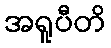
အရူပီတိ